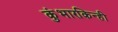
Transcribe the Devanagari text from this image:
कुंभारकिन्ही